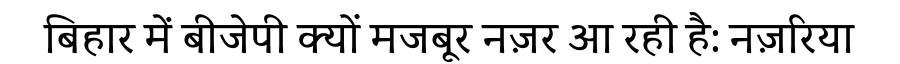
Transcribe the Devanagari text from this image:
बिहार में बीजेपी क्यों मजबूर नज़र आ रही है: नज़रिया